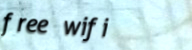
free wifi